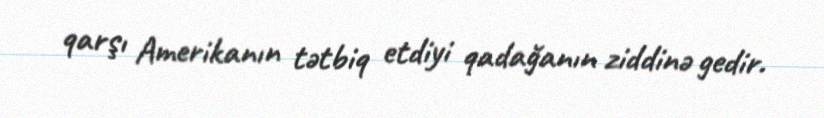
qarşı Amerikanın tətbiq etdiyi qadağanın ziddinə gedir.